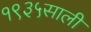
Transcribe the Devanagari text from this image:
१९३५साली